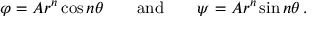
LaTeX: \varphi = A r ^ { n } \cos n \theta \qquad { \mathrm { a n d } } \qquad \psi = A r ^ { n } \sin n \theta \, .